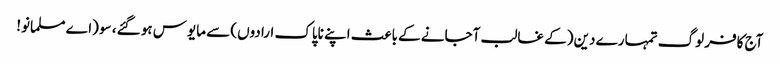
آج کافر لوگ تمہارے دین (کے غالب آجانے کے باعث اپنے ناپاک ارادوں) سے مایوس ہو گئے، سو (اے مسلمانو!